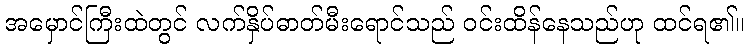
အမှောင်ကြီးထဲတွင် လက်နှိပ်ဓာတ်မီးရောင်သည် ဝင်းထိန်နေသည်ဟု ထင်ရ၏။